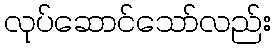
လုပ်ဆောင်သော်လည်း